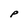
Character: P